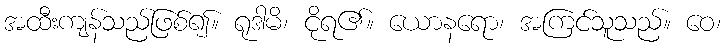
အထီးကျန်သည်ဖြစ်၍။ ရုဒါမိ၊ ငိုရ၏။ ယောနရော၊ အကြင်သူသည်။ ဝေ၊